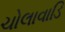
ચોલાવાડિ